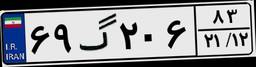
۶۹گ۲۰۶۸۳